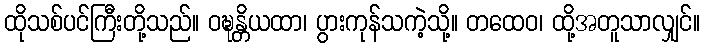
ထိုသစ်ပင်ကြီးတို့သည်။ ဝဍ္ဎန္တိယထာ၊ ပွားကုန်သကဲ့သို့။ တထေဝ၊ ထို့အတူသာလျှင်။